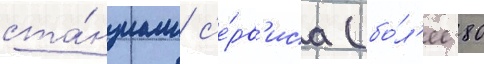
ста́нциам с'е́рв'иса (бо́л'ее 80